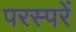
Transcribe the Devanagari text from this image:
परस्परें